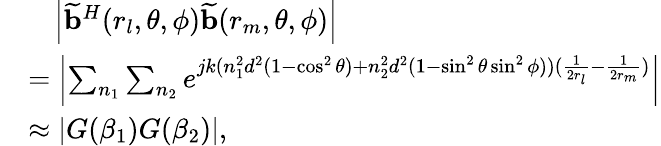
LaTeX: \begin{array}{rl}&{~~~\left|{\widetilde{\mathbf{b}}}^{H}(r_{l},\theta,\phi){\widetilde{\mathbf{b}}}(r_{m},\theta,\phi)\right|}\\ &{=\left|\sum_{n_{1}}\sum_{n_{2}}e^{jk(n_{1}^{2}d^{2}(1-\cos^{2}\theta)+n_{2}^{2}d^{2}(1-\sin^{2}\theta\sin^{2}\phi))(\frac{1}{2r_{l}}-\frac{1}{2r_{m}})}\right|}\\ &{\approx\left|G(\beta_{1})G(\beta_{2})\right|,}\end{array}